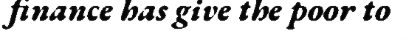
finance has give the poor to